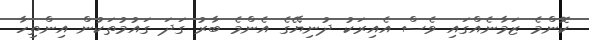
ކޮންމެ ޒަމާނެއްގައި ވެސް އެއިރަކު ދުނިޔޭގެ އެންމެ ބާރު ގަދަ ގައުމުތަކުން އިންތިހާ